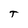
Character: T